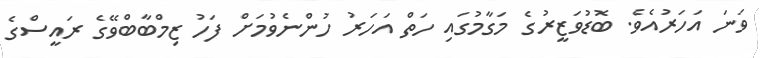
ވަނަ އަހަރުއެވެ. ބޮޑުވަޒީރުގެ މަގާމުގައި ހަތް އަހަރު ހުންނެވުމަށް ފަހު ޒިމްބާބްވޭގެ ރައީސްގެ